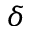
\delta